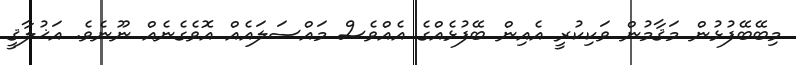
މިބޭބޭފުޅުން މަޤާމުން ވަކިކުރީ އެއިން ބޭފުޅެއްގެ އެއްވެސް މައްސަލައެއް އޮވެގެނެއް ނޫނެވެ. އަޚުލާޤީ